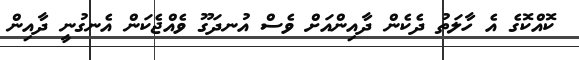
ކޮއްކޮގެ އެ ހާލަތު ދެކެން ދާއިންއަށް ވެސް އުނދަގޫ ވެއްޖެކަން އެނގުނީ ދާއިން